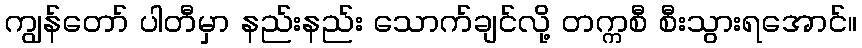
ကျွန်တော် ပါတီမှာ နည်းနည်း သောက်ချင်လို့ တက္ကစီ စီးသွားရအောင်။